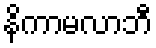
နိကာမလာဘီ